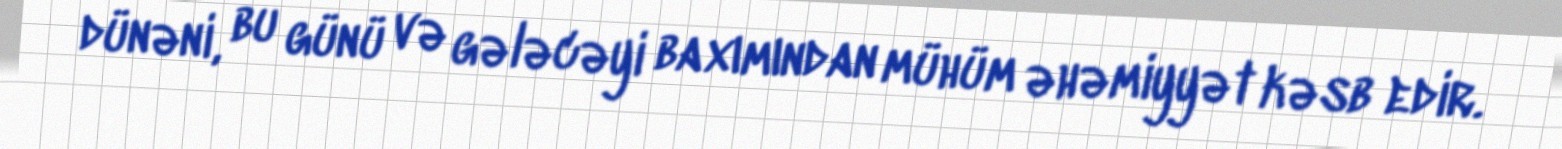
dünəni, bu günü və gələcəyi baxımından mühüm əhəmiyyət kəsb edir.